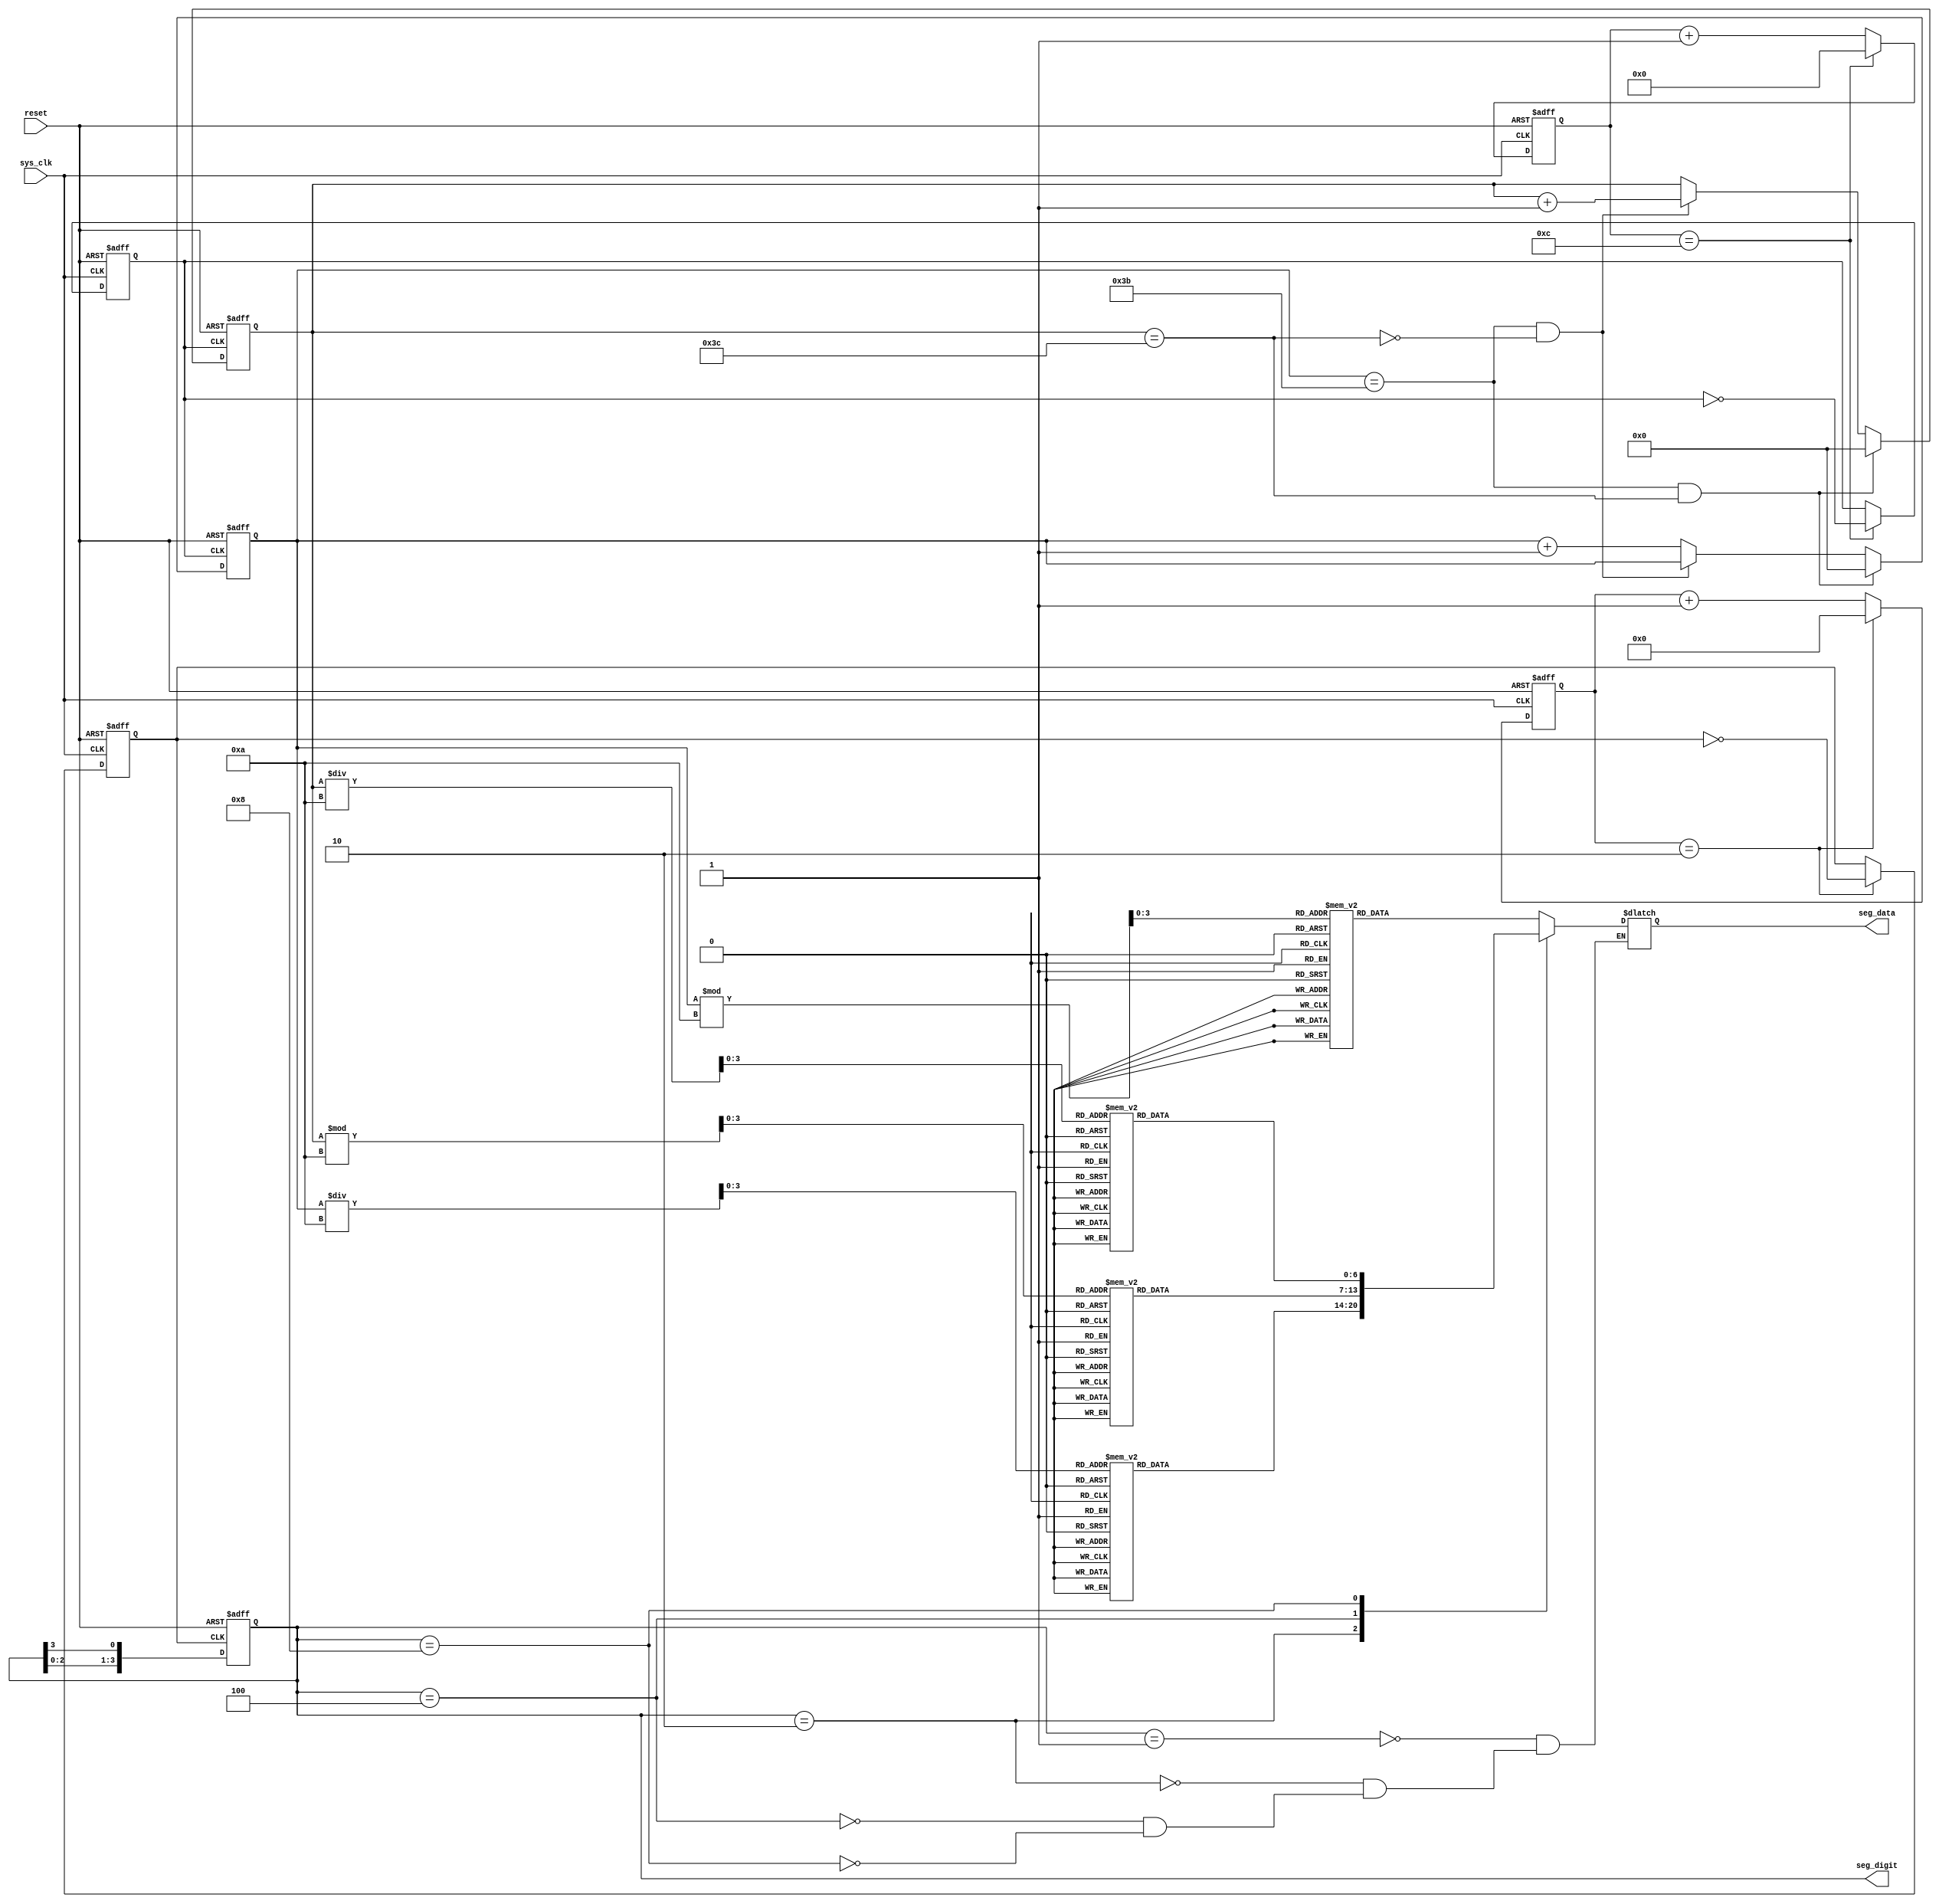
`timescale 1ns / 1ps
//////////////////////////////////////////////////////////////////////////////////
// Company: 
// Engineer: 
// 
// Create Date: 
// Design Name: 
// Module Name: 
// Project Name: 
// Target Devices: 
// Tool Versions: 
// Description: 
// 
// Dependencies: 
// 
// Revision:
// Revision 0.01 - File Created
// Additional Comments:
// 
//////////////////////////////////////////////////////////////////////////////////


module watch_ext(
    input reset, sys_clk, 
    output reg [3:0] seg_digit,
    output reg [6:0] seg_data
    );
    
    reg clk_1hz, clk_500;
    reg [25:0] clk_cnt;
    reg [16:0] digit_cnt;
    
    reg [6:0] sec;
    reg [6:0] min;
    reg [3:0] sec_1digit;
    reg [3:0] sec_10digit;
    reg [3:0] min_1digit;
    reg [3:0] min_10digit;
    
    //   : 1 Hz
    always @(posedge sys_clk or posedge reset) begin
        if (reset)  begin 
            clk_cnt <= 0; clk_1hz <= 0; end
        // else if (clk_cnt == 20000000 ) begin //  3 Hz 
        // else if (clk_cnt == 62499999 ) begin  //  1 Hz 
        else if (clk_cnt == 12 ) begin   //
            clk_1hz <= ~clk_1hz;
            clk_cnt <= 0; end
        else clk_cnt <= clk_cnt + 1;
    end
    
    //     500Hz
    always @(posedge sys_clk or posedge reset) begin
        if (reset)  begin 
            digit_cnt <= 0; clk_500 <= 0; end
        // else if (digit_cnt == 125000 ) begin  //  
        else if (digit_cnt == 2 ) begin   //
            clk_500 <= ~clk_500;
            digit_cnt <= 0; end
        else digit_cnt <= digit_cnt + 1;
    end
    
    always @(posedge reset or posedge clk_1hz)
        if (reset) begin sec <= 0; min <= 0; end
        else 
            if ( (sec == 59) && (min == 60) ) begin 
                sec <= 0; min <= 0; end
            else if ( sec == 59 && !(min == 60)) min <= min + 1;
            else sec <= sec + 1;
        
     always @(posedge reset or posedge clk_500)
        if (reset) seg_digit <= 4'b0001;
        else  seg_digit <= {seg_digit[2:0], seg_digit[3]}; // left rotate
        
    always @ (sec, min) begin
        sec_1digit <= sec % 10;
        sec_10digit <= sec / 10;
        min_1digit <= min % 10;
        min_10digit <= min / 10;
    end
    
    always @ (seg_digit) 
        case (seg_digit)
            4'b0001 :  case (sec_1digit)
                        0 : seg_data <= ~(7'b111_1110);
                        1 : seg_data <= ~(7'b011_0000);
                        2 : seg_data <= ~(7'b110_1101);
                        3 : seg_data <= ~(7'b111_1001);
                        4 : seg_data <= ~(7'b011_0011);
                        5 : seg_data <= ~(7'b101_1011);
                        6 : seg_data <= ~(7'b101_1111);
                        7 : seg_data <= ~(7'b111_0000);
                        8 : seg_data <= ~(7'b111_1111);
                        9 : seg_data <= ~(7'b111_1011);
                        default : seg_data <= ~(7'b000_0000);
                  endcase
            4'b0010 :  case (sec_10digit)
                        0 : seg_data <= ~(7'b111_1110);
                        1 : seg_data <= ~(7'b011_0000);
                        2 : seg_data <= ~(7'b110_1101);
                        3 : seg_data <= ~(7'b111_1001);
                        4 : seg_data <= ~(7'b011_0011);
                        5 : seg_data <= ~(7'b101_1011);
                        6 : seg_data <= ~(7'b101_1111);
                        7 : seg_data <= ~(7'b111_0000);
                        8 : seg_data <= ~(7'b111_1111);
                        9 : seg_data <= ~(7'b111_1011);
                        default : seg_data <= ~(7'b000_0000);
                  endcase
            4'b0100 :  case (min_1digit)
                        0 : seg_data <= ~(7'b111_1110);
                        1 : seg_data <= ~(7'b011_0000);
                        2 : seg_data <= ~(7'b110_1101);
                        3 : seg_data <= ~(7'b111_1001);
                        4 : seg_data <= ~(7'b011_0011);
                        5 : seg_data <= ~(7'b101_1011);
                        6 : seg_data <= ~(7'b101_1111);
                        7 : seg_data <= ~(7'b111_0000);
                        8 : seg_data <= ~(7'b111_1111);
                        9 : seg_data <= ~(7'b111_1011);
                        default : seg_data <= ~(7'b000_0000);
                  endcase
            4'b1000 :  case (min_10digit)
                        0 : seg_data <= ~(7'b111_1110);
                        1 : seg_data <= ~(7'b011_0000);
                        2 : seg_data <= ~(7'b110_1101);
                        3 : seg_data <= ~(7'b111_1001);
                        4 : seg_data <= ~(7'b011_0011);
                        5 : seg_data <= ~(7'b101_1011);
                        6 : seg_data <= ~(7'b101_1111);
                        7 : seg_data <= ~(7'b111_0000);
                        8 : seg_data <= ~(7'b111_1111);
                        9 : seg_data <= ~(7'b111_1011);
                        default : seg_data <= ~(7'b000_0000);
                  endcase 
        endcase
endmodule